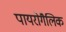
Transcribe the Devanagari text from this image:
पायरोगैलिक